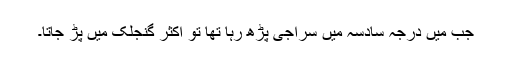
جب میں درجہ سادسہ میں سراجی پڑھ رہا تھا تو اکثر گنجلک میں پڑ جاتا۔